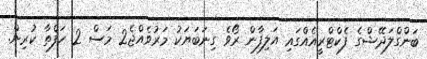
ބަންގްލަދޭޝްގެ ފެކްޓްރީއެއްގައި އަލިފާން ރޯވެ ގިނަބަޔަކު މަރުވެއްޖެ2 މަސް 2 ހަފްތާ ކުރިން.